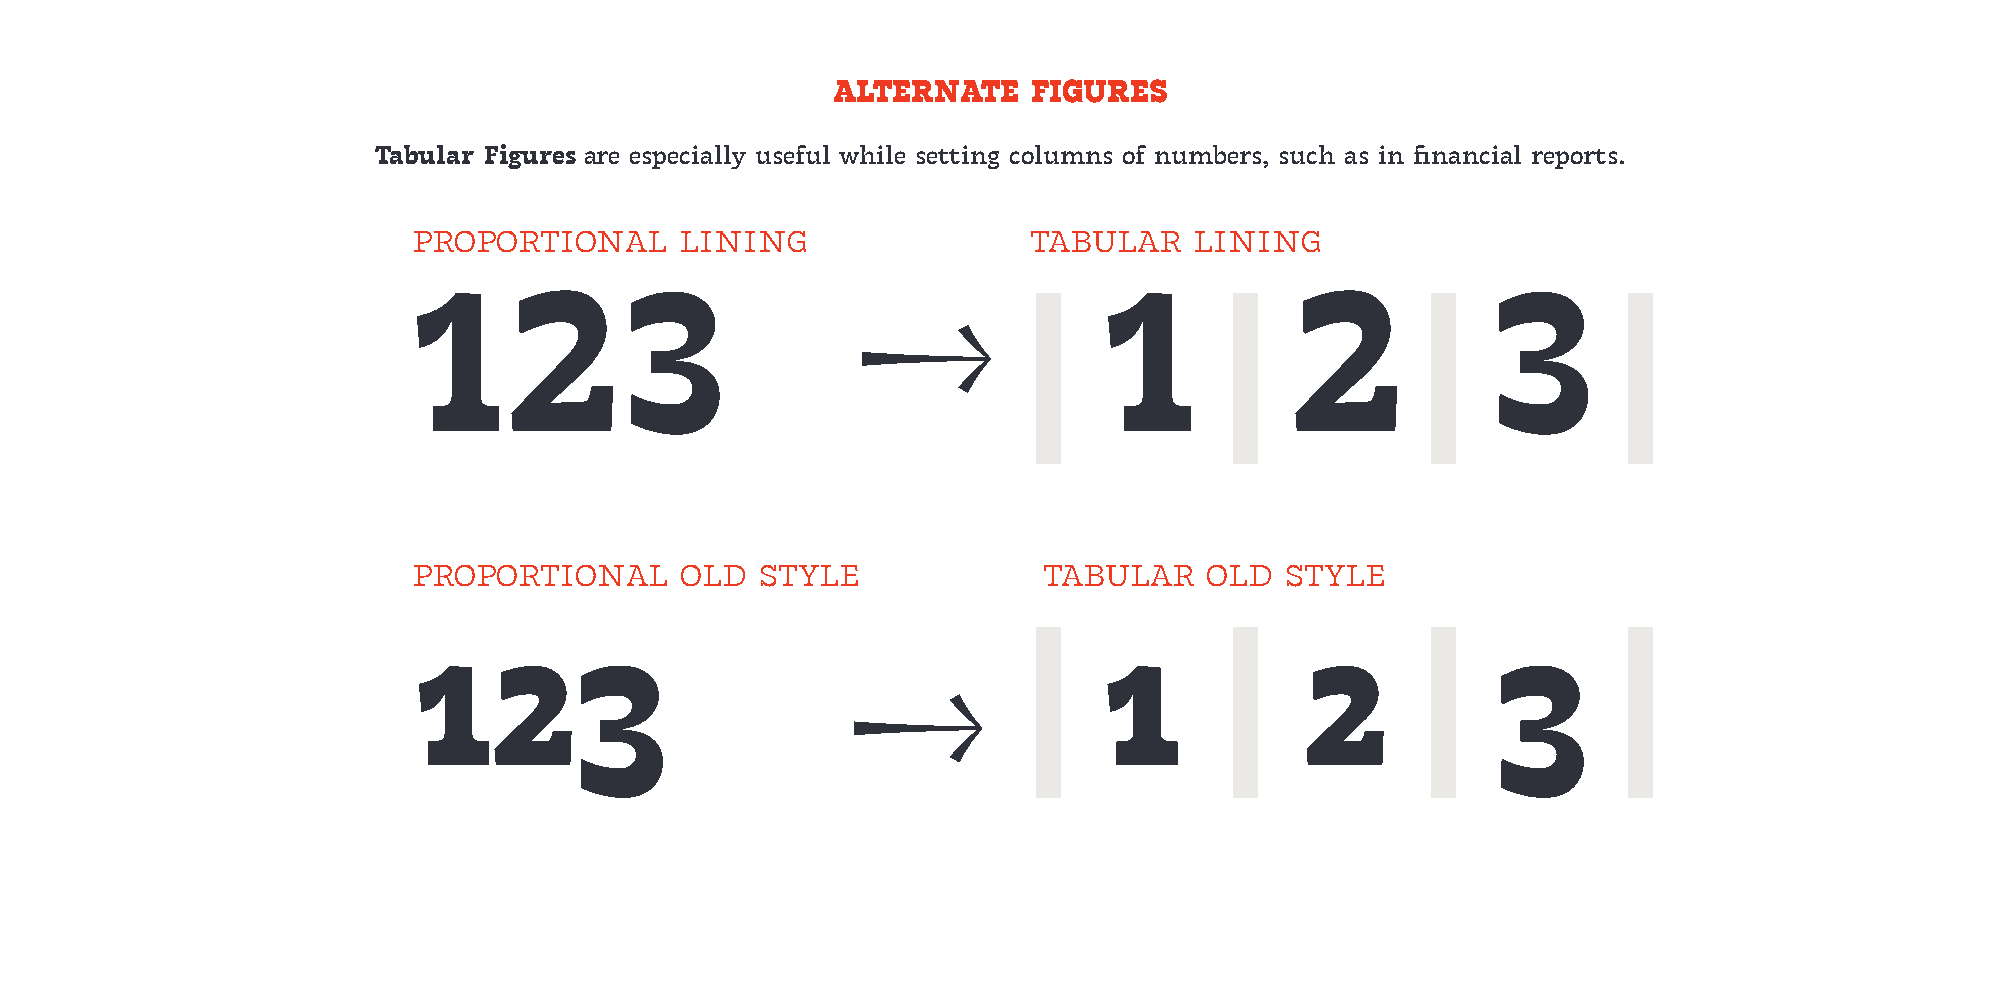
ALTERNATE    FIGURES
 Tabular Figures are especially useful while setting columns of numbers, such as in financial reports.
 proportional      lining                 tabular    lining
 123                                      |1|2|3|
 proportional      old  style              tabular    old  style
 123                                      |1|2|3|
 ↓
 ↓